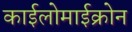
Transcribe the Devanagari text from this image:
काईलोमाईक्रोन